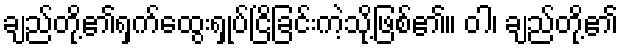
ချည်တို့၏ရှက်ထွေးရှုပ်ငြိခြင်းကဲ့သို့ဖြစ်၏။ ဝါ၊ ချည်တို့၏